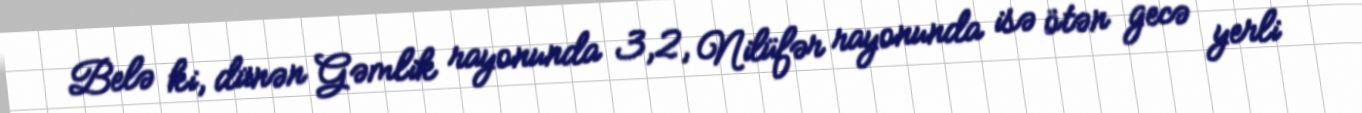
Belə ki, dünən Gəmlik rayonunda 3,2, Nilüfər rayonunda isə ötən gecə yerli